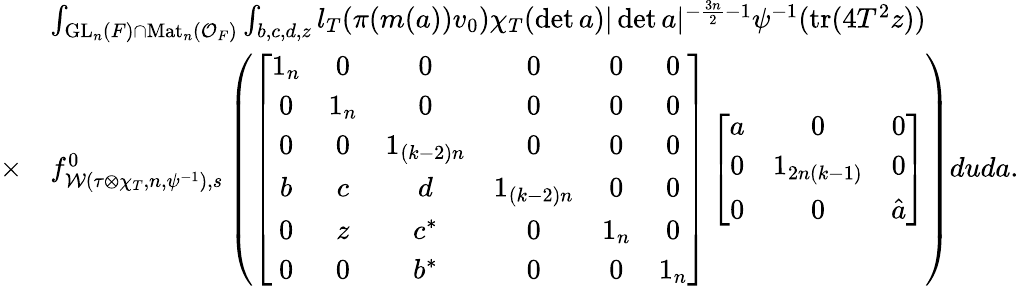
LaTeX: \begin{array}{rl}&{\int_{\mathrm{GL}_{n}(F)\cap\mathrm{Mat}_{n}(\mathcal{O}_{F})}\int_{b,c,d,z}l_{T}(\pi(m(a))v_{0})\chi_{T}(\operatorname*{det}a)|\operatorname*{det}a|^{-\frac{3n}{2}-1}\psi^{-1}(\mathrm{tr}(4T^{2}z))}\\ {\times}&{f_{\mathcal{W}(\tau\otimes\chi_{T},n,\psi^{-1}),s}^{0}\left(\left[\begin{array}{cccccc}{1_{n}}&{0}&{0}&{0}&{0}&{0}\\ {0}&{1_{n}}&{0}&{0}&{0}&{0}\\ {0}&{0}&{1_{(k-2)n}}&{0}&{0}&{0}\\ {b}&{c}&{d}&{1_{(k-2)n}}&{0}&{0}\\ {0}&{z}&{c^{\ast}}&{0}&{1_{n}}&{0}\\ {0}&{0}&{b^{\ast}}&{0}&{0}&{1_{n}}\end{array}\right]\left[\begin{array}{ccc}{a}&{0}&{0}\\ {0}&{1_{2n(k-1)}}&{0}\\ {0}&{0}&{\hat{a}}\end{array}\right]\right)duda.}\end{array}